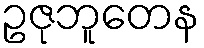
ဥဇုဘူတေန